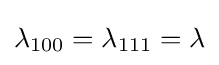
\lambda _{100}=\lambda _{111}=\lambda